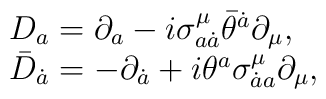
\begin{array}{ll}D_a = \partial_a - i \sigma^{\mu}_{a \dot a} \bar \theta^{\dot a}\partial_{\mu}, &  \\\bar D_{\dot a} =- \partial_{\dot a} + i \theta^a \sigma^{\mu}_{\dot a a}\partial_{\mu}, &\end{array}